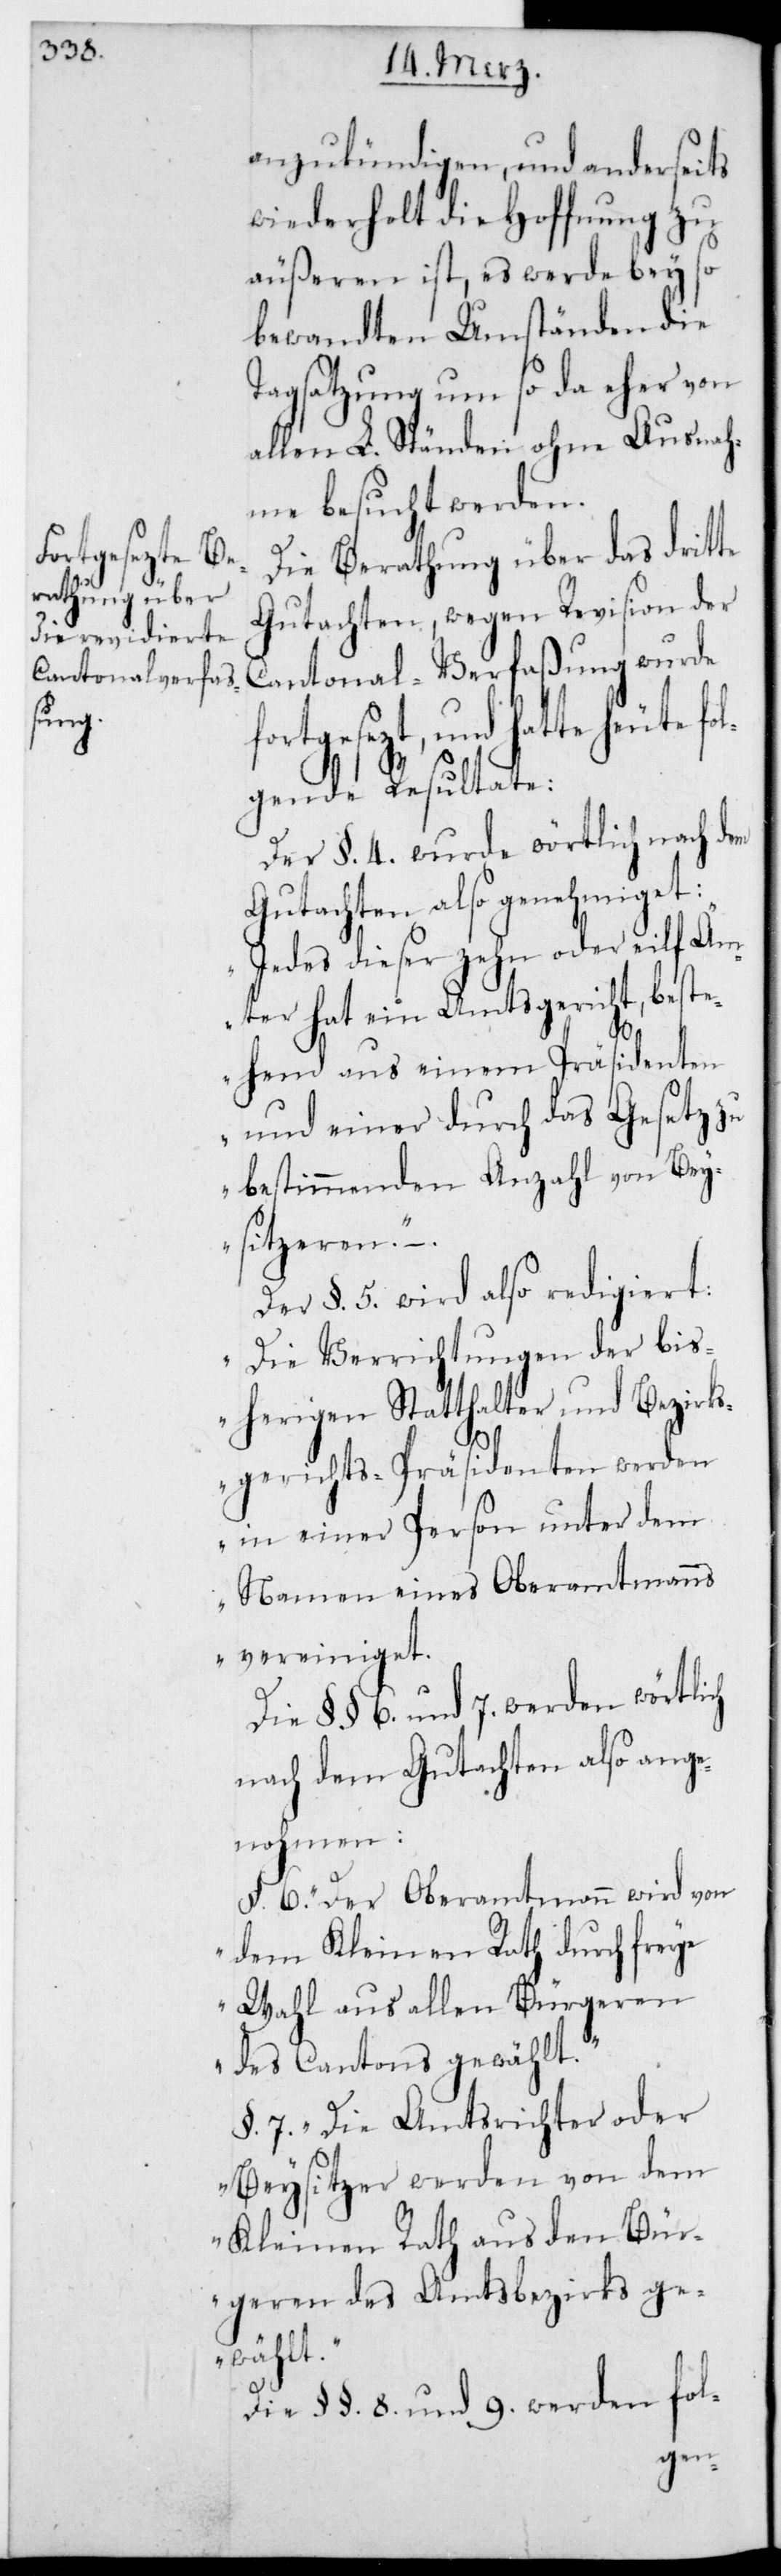
anzukündigen, und anderseits
wiederholt die Hoffnung zu
äußeren ist, es werde bey so
bewandten Umständen die
Tagsatzung um so da eher von
allen L. Ständen ohne Ausnah¬
me besucht werden.
Die Berathung über das dritte
Gutachten, wegen Revision der
Cantonalverfaßung wurde
Würtemberg, und die Cantone
gende Resultate:
Der §. 4. wurde wörtlich nach dem
Gutachten also genehmiget:
Jedes dieser zehn oder elf Äm¬
ter hat ein Amtsgericht, beste¬
hend aus einem Präsidenten
und einer durch das Gesetz z¬
u bestimmenden Anzahl von Bey¬
sitzeren.“
Der §. 5. wird also redigiert:
„Die Verrichtungen der bis¬
herigen Statthalter und Bezirks¬
gerichts-Präsidenten werden
in einer Person unter dem
Namen eines Oberamtmanns
vereiniget.“
Die §§. 6. und 7. werden wörtlich
nach dem Gutachten also ange¬
nohmen:
§. 6. „Der Oberamtmann wird von
dem Kleinen Rath durch freie
Wahl aus allen Bürgeren
des Cantons gewählt.“
§. 7. „Die Amtsrichter oder
Beysitzer werden von dem
Kleinen Rath aus den Bür¬
geren des Amtsbezirks ge¬
wählt.“
Die §§. 8. und 9. werden fol-
gegen